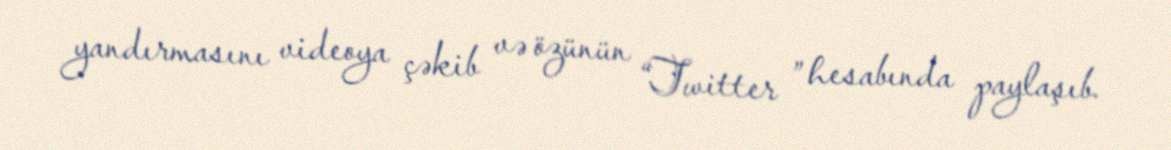
yandırmasını videoya çəkib və özünün “Twitter ” hesabında paylaşıb.